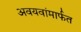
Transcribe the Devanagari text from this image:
अवयवांमार्फत